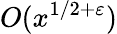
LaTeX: O(x^{1/2+\varepsilon})